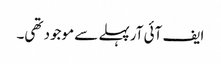
ایف آئی آرپہلے سے موجود تھی۔